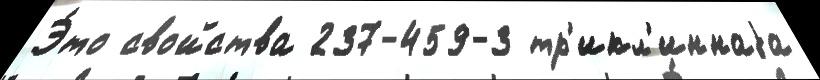
Э́то свойства 237-459-3 тр'икл'иннаjа